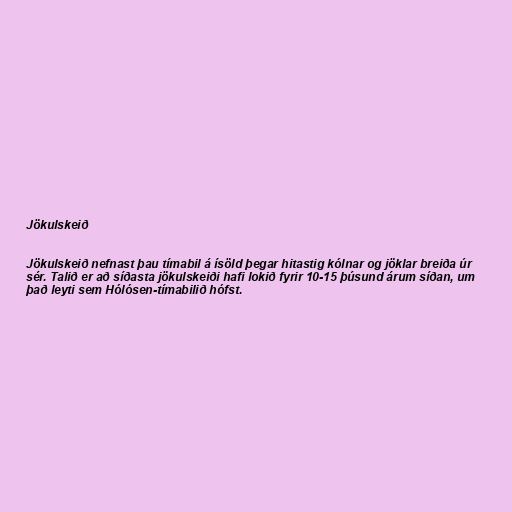
Jökulskeið

Jökulskeið nefnast þau tímabil á ísöld þegar hitastig kólnar og jöklar breiða úr
sér. Talið er að síðasta jökulskeiði hafi lokið fyrir 10-15 þúsund árum síðan, um
það leyti sem Hólósen-tímabilið hófst.